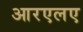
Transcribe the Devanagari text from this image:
आरएलए